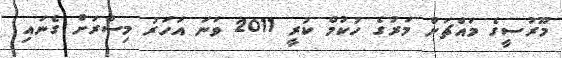
މޫރުސީގެ މައްޗަށް މަރުގެ ހުކުމް ކުރީ 2011 ވަނަ އަހަރު މިސްރަށް ގެނައި